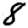
Digit: 8